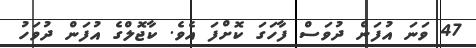
47 ވަނަ އުފަން ދުވަސް ފާހަގަ ކޮށްފަ އެވެ. ކާޖޮލްގެ އުފަން ދުވަހު